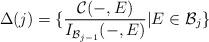
LaTeX: \begin{align*} \Delta(j)=\{\frac{\mathcal{C}(-,E)}{I_{\mathcal{B}_{j-1}}(-,E)}|E\in\mathcal{B}_j\} \end{align*}